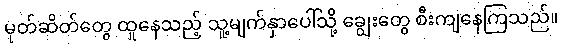
မုတ်ဆိတ်တွေ ထူနေသည့် သူ့မျက်နှာပေါ်သို့ ချွေးတွေ စီးကျနေကြသည်။